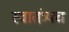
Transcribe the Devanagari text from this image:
स्वातंत्र्यच